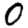
Digit: 0